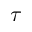
\tau